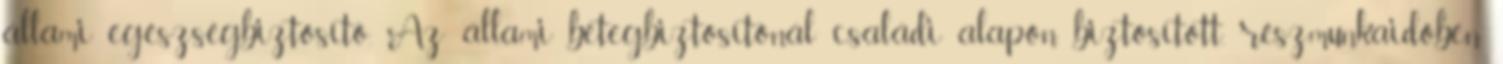
állami egészségbiztosító. Az állami betegbiztosítónál családi alapon biztosított, részmunkaidőben